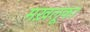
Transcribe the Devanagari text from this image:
मख़लूका